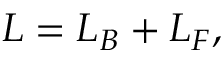
{ \cal L } = { \cal L } _ { B } + { \cal L } _ { F } ,